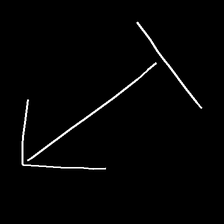
Glyph: levitation